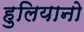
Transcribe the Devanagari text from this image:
हुलियानो